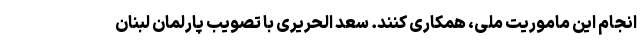
انجام این ماموریت ملی، همکاری کنند. سعد الحریری با تصویب پارلمان لبنان